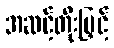
အဆင့်တိုးမြှင့်